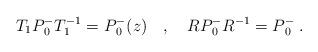
LaTeX: \begin{align*}T_1P{_0 ^-} T^{-1}_1 = P{_0 ^-} (z) \quad , \quad R P{_0 ^-} R ^{-1} =P{_0 ^-}\; .\end{align*}